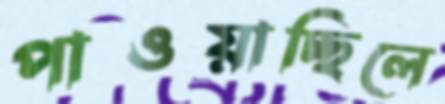
পাওয়াচ্ছিলে